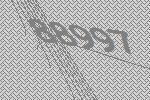
88997